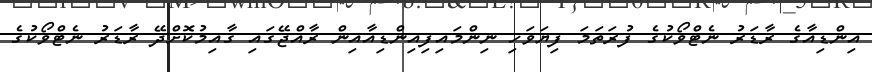
އިންޑިއާގެ ރާޑަރު ނެޓްވޯކުގެ ފުރަތަމަ ފިޔަވަހި ނިންމައިފިއިންޑިއާއިން ރާއްޖޭގައި ގާއިމުކޮށްދޭ ރާޑަރު ނެޓްވޯކުގެ